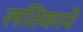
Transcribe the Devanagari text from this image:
लतिकायें